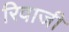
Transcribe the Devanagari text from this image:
रिवाजी